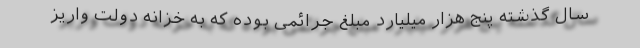
سال گذشته پنج هزار میلیارد مبلغ جرائمی بوده که به خزانه دولت واریز